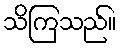
သိကြသည်။